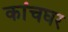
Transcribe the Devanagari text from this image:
कांचघर